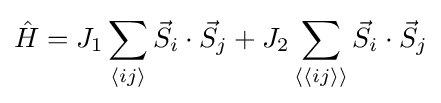
{\hat {H}}=J_{1}\sum _{\langle ij\rangle }{\vec {S}}_{i}\cdot {\vec {S}}_{j}+J_{2}\sum _{\langle \langle ij\rangle \rangle }{\vec {S}}_{i}\cdot {\vec {S}}_{j}